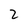
Character: 2